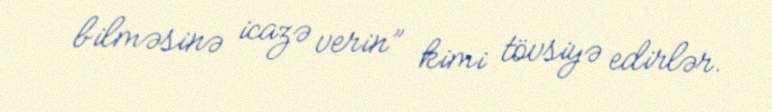
bilməsinə icazə verin” kimi tövsiyə edirlər.